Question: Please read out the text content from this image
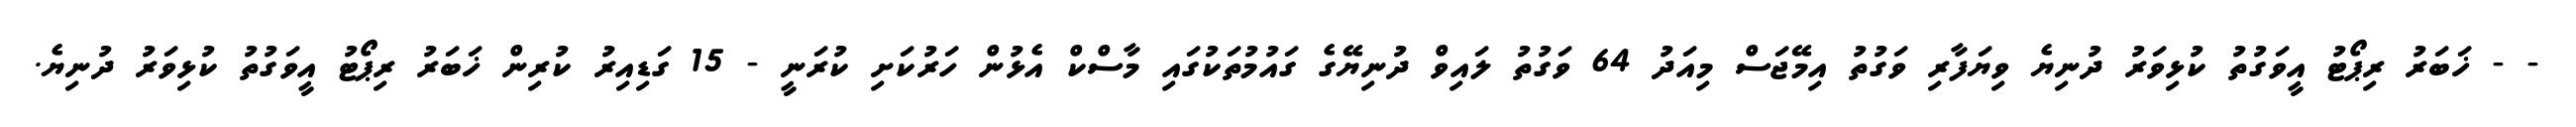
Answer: - - ޚަބަރު ރިޕޯޓު އީވަގުތު ކުޅިވަރު ދުނިޔެ ވިޔަފާރި ވަގުތު އިމޭޖަސް މިއަދު 64 ވަގުތު ލައިވް ދުނިޔޭގެ ގައުމުތަކުގައި މާސްކް އެޅުން ހަރުކަށި ކުރަނީ - 15 ގަޑިއިރު ކުރިން ޚަބަރު ރިޕޯޓު އީވަގުތު ކުޅިވަރު ދުނިޔެ.